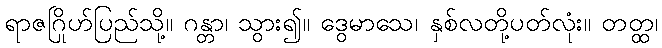
ရာဇဂြိုဟ်ပြည်သို့။ ဂန္တာ၊ သွား၍။ ဒွေမာသေ၊ နှစ်လတို့ပတ်လုံး။ တတ္ထ၊